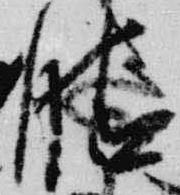
晴